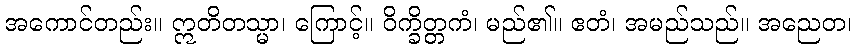
အကောင်တည်း။ ဣတိတသ္မာ၊ ကြောင့်။ ဝိက္ခိတ္တကံ၊ မည်၏။ ဧတံ၊ အမည်သည်။ အညေတ၊